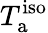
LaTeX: T_{\mathrm{a}}^{\mathrm{iso}}